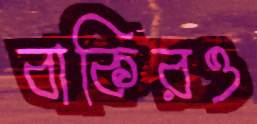
বাকিরও